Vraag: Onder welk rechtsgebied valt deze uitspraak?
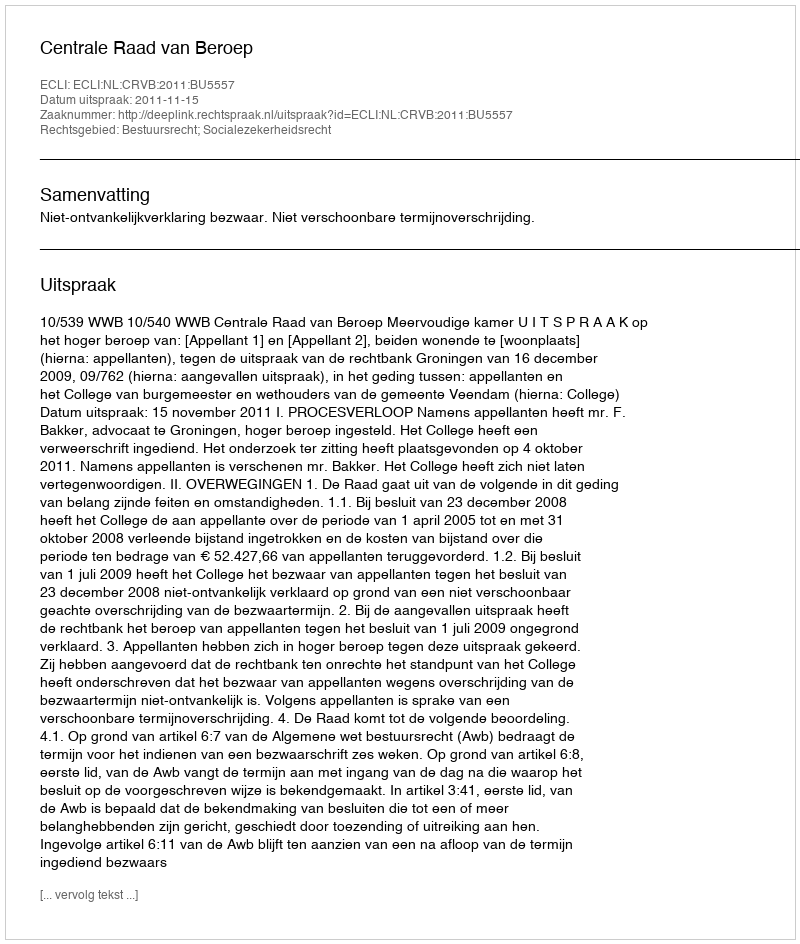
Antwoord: Bestuursrecht; Socialezekerheidsrecht